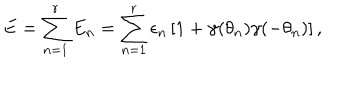
LaTeX: E = \sum _ { n = 1 } ^ { r } E _ { n } = \sum _ { n = 1 } ^ { r } \epsilon _ { n } \left[ 1 + \gamma ( \theta _ { n } ) \gamma ( - \theta _ { n } ) \right] ,